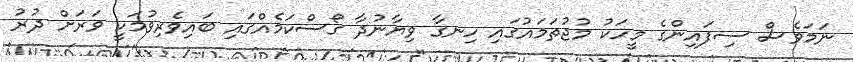
ނަމަވެސް ސިފައިންގެ މީހަކު މުޖުތަމައުގައި ހިނގާ ވިޔާނުދާ ގޯސްކަމެއްގައި ބައިވެރިވުމަކީ ވަރަށް ދުރު